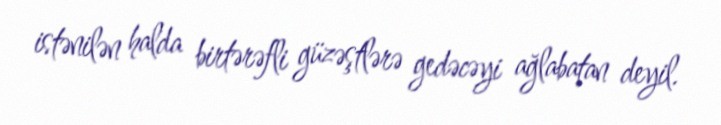
istənilən halda birtərəfli güzəştlərə gedəcəyi ağlabatan deyil.